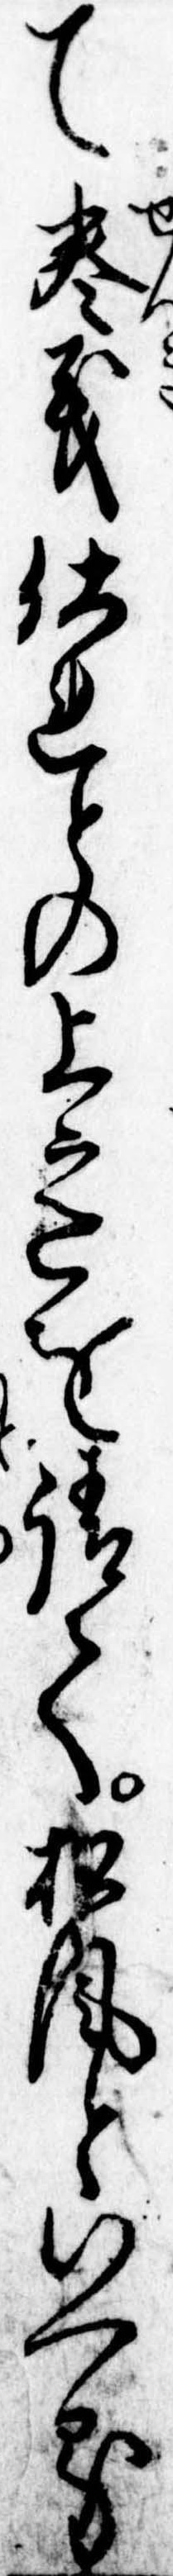
て僉義仕れとの上意を請て松風といへる